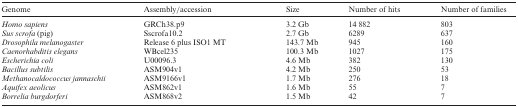
| Genome | Assembly/accession | Size | Number of hits | Number of families |
 | --- | --- | --- | --- | --- |
 | Homo sapiens | GRCh38.p9 | 3.2 Gb | 14 882 | 803 |
 | Sus scrofa (pig) | Sscrofa10.2 | 2.7 Gb | 6289 | 637 |
 | Drosophila melanogaster | Release 6 plus ISO1 MT | 143.7 Mb | 945 | 160 |
 | Caenorhabditis elegans | WBcel235 | 100.3 Mb | 1027 | 175 |
 | Escherichia coli | U00096.3 | 4.6 Mb | 382 | 130 |
 | Bacillus subtilis | ASM904v1 | 4.2 Mb | 250 | 53 |
 | Methanocaldococcus jannaschii | ASM9166v1 | 1.7 Mb | 276 | 18 |
 | Aquifex aeolicus | ASM862v1 | 1.6 Mb | 55 | 7 |
 | Borrelia burgdorferi | ASM868v2 | 1.5 Mb | 42 | 7 |